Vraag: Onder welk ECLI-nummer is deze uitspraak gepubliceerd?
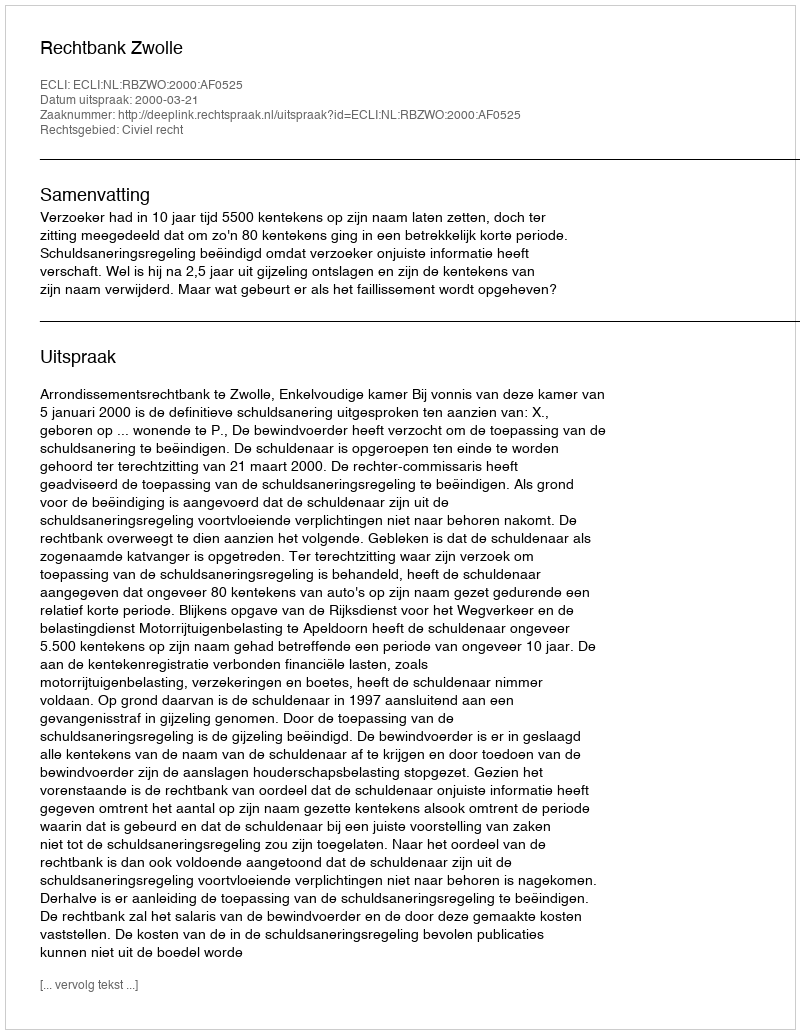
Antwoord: ECLI:NL:RBZWO:2000:AF0525